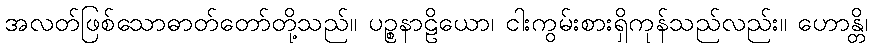
အလတ်ဖြစ်သောဓာတ်တော်တို့သည်။ ပဉ္စနာဠိယော၊ ငါးကွမ်းစားရှိကုန်သည်လည်း။ ဟောန္တိ၊